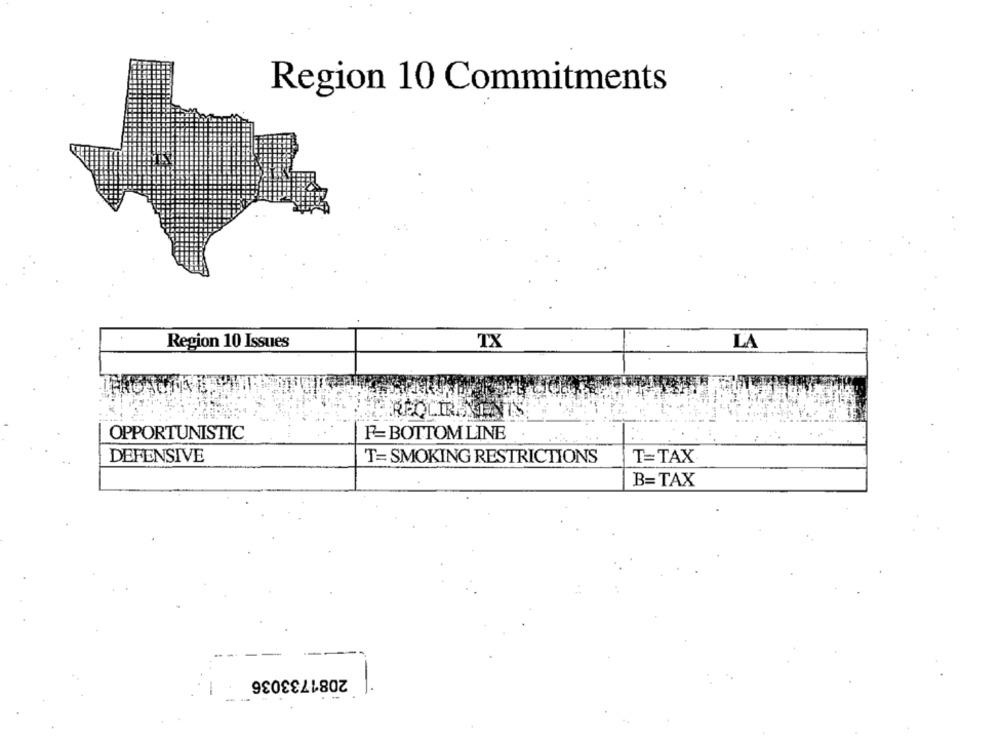
Region 10 Commitments
Region 10 Issues
TX
LA
OPPORTUNISTIC
F=BOTTOM LINE
DEFENSIVE
T= SMOKING RESTRICTIONS
T=TAX
B=TAX
2081733036